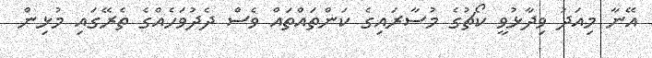
އޭނާ މިއަދު ވިދާޅުވީ ކޯޗުގެ މުސާރައިގެ ކަންތައްތައް ވެސް ދެދުވަހެއްގެ ތެރޭގައި މުޅިން